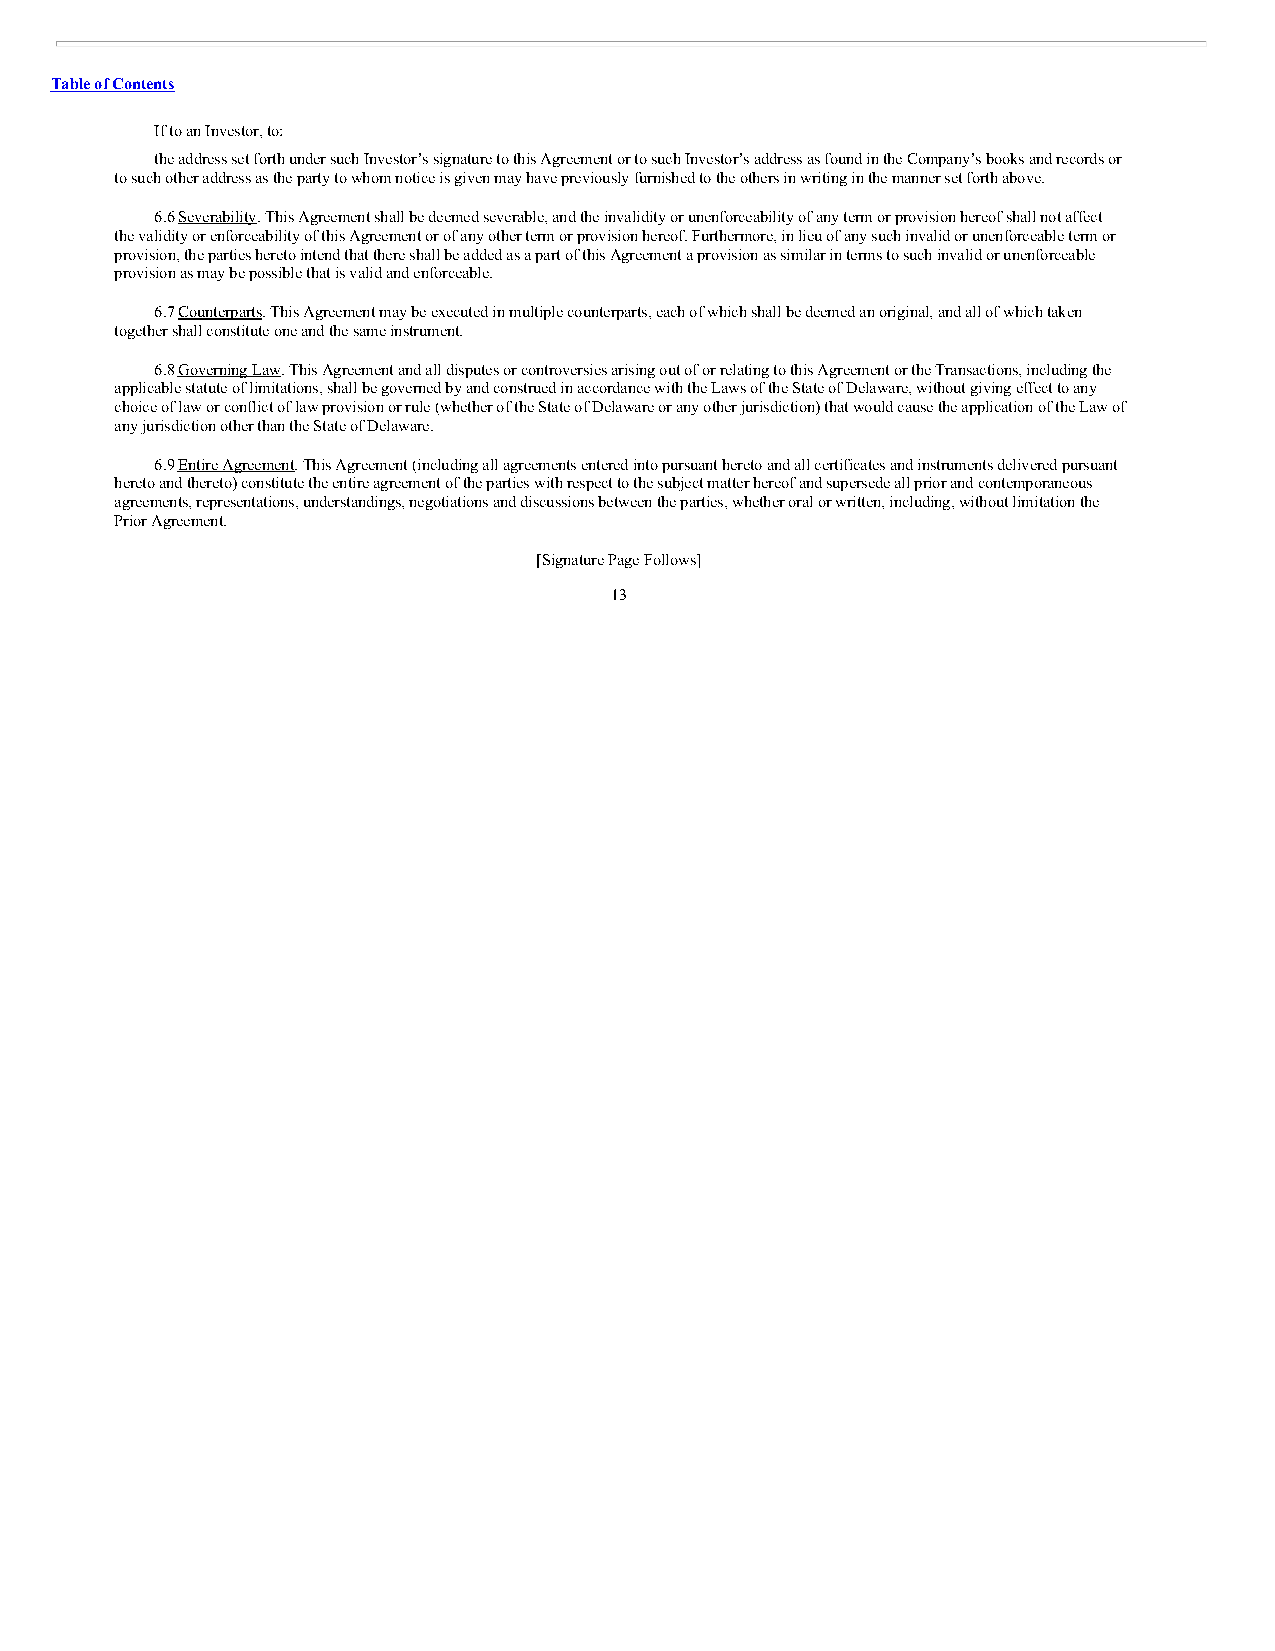
Table of Contents
 If to an Investor, to:
 the address set forth under such Investor’s signature to this Agreement or to such Investor’s address as found in the Company’s books and records or
 to such other address as the party to whom notice is given may have previously furnished to the others in writing in the manner set forth above.
 6.6 Severability. This Agreement shall be deemed severable, and the invalidity or unenforceability of any term or provision hereof shall not affect
 the validity or enforceability of this Agreement or of any other term or provision hereof. Furthermore, in lieu of any such invalid or unenforceable term or
 provision, the parties hereto intend that there shall be added as a part of this Agreement a provision as similar in terms to such invalid or unenforceable
 provision as may be possible that is valid and enforceable.
 6.7 Counterparts. This Agreement may be executed in multiple counterparts, each of which shall be deemed an original, and all of which taken
 together shall constitute one and the same instrument.
 6.8 Governing Law. This Agreement and all disputes or controversies arising out of or relating to this Agreement or the Transactions, including the
 applicable statute of limitations, shall be governed by and construed in accordance with the Laws of the State of Delaware, without giving effect to any
 choice of law or conflict of law provision or rule (whether of the State of Delaware or any other jurisdiction) that would cause the application of the Law of
 any jurisdiction other than the State of Delaware.
 6.9 Entire Agreement. This Agreement (including all agreements entered into pursuant hereto and all certificates and instruments delivered pursuant
 hereto and thereto) constitute the entire agreement of the parties with respect to the subject matter hereof and supersede all prior and contemporaneous
 agreements, representations, understandings, negotiations and discussions between the parties, whether oral or written, including, without limitation the
 Prior Agreement.
 [Signature Page Follows]
 13